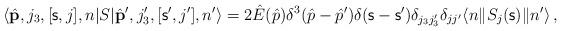
LaTeX: \begin{align*}\langle \hat{\bf p},j_3,[{\mathsf s},j],n |S| \hat{\bf p}',j_3',[{\mathsf s}',j'],n' \rangle = 2\hat{E}(\hat{p})\delta ^3 (\hat{p}-\hat{p}') \delta({\mathsf s}-{\mathsf s}') \delta _{j_3j_3'}\delta_{jj'} \langle n \| S_j({\mathsf s})\| n '\rangle \, , \end{align*}